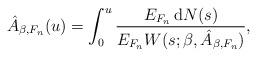
LaTeX: \begin{align*}\hat{A}_{\beta,F_n}(u)=\int_0^u\frac{E_{F_n}\, \mathrm{d}N(s) }{E_{F_n} W(s;\beta,\hat{A}_{\beta,F_n})},\end{align*}